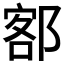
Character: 𫟭